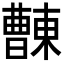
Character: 𣍖